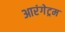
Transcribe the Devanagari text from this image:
आरंगेट्रम